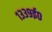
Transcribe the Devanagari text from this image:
१३३९ई०